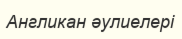
Англикан әулиелері